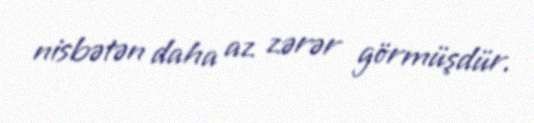
nisbətən daha az zərər görmüşdür.